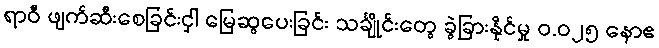
ရာဝီ ဖျက်ဆီးစေခြင်းငှါ မြေဆွပေးခြင်း သင်္ချိုင်းတွေ ခွဲခြားနိုင်မှု ၀.၀၂၅ နောဧ